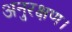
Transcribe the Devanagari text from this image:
अनुरक्षण।